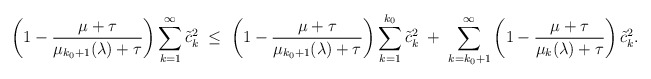
\begin{align*}\left( 1 - \frac{\mu+\tau}{ \mu_{k_0+1}(\lambda) + \tau} \right) \sum_{k=1}^\infty \tilde{c}_k^2 \; \leq \; \left( 1 - \frac{\mu+\tau}{ \mu_{k_0+1}(\lambda) + \tau} \right) \sum_{k=1}^{k_0} \tilde{c}_k^2 \; + \; \sum_{k=k_0+1}^\infty \left( 1 - \frac{\mu+\tau}{ \mu_k(\lambda) + \tau} \right)\tilde{c}_k^2.\end{align*}